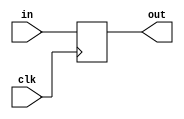
`timescale 1ns / 1ps

module DataLate(
	input [31:0] in,
	output reg [31:0] out,
	input clk
    );
	always@(negedge clk)
		out <= in;

endmodule